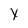
Character: Y